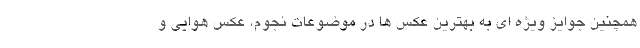
همچنین جوایز ویژه ای به بهترین عکس ها در موضوعات نجوم، عکس هوایی و